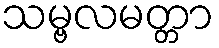
သမ္ဗလမတ္တာ